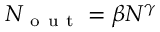
N _ { \mathrm { ~ o ~ u ~ t ~ } } = \beta N ^ { \gamma }